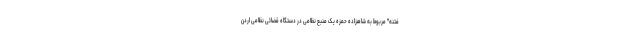
فتنه" مربوط به شاهزاده حمزه یک منبع نظامی در دستگاه قضائی نظامی اردن